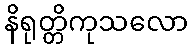
နိရုတ္တိကုသလော